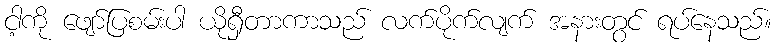
ငါ့ကို ဖျော်ပြစမ်းပါ ယိုရှီတာကာသည် လက်ပိုက်လျက် အနားတွင် ရပ်နေသည်။